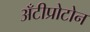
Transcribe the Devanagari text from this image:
अँटीप्रोटोन